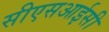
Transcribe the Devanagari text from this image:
सीएसआईसी